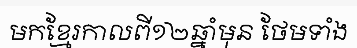
មកខ្មែរកាលពី១២ឆ្នាំមុន ថែមទាំង